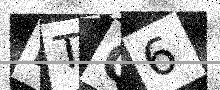
Text: HTQ6